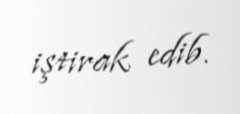
iştirak edib.